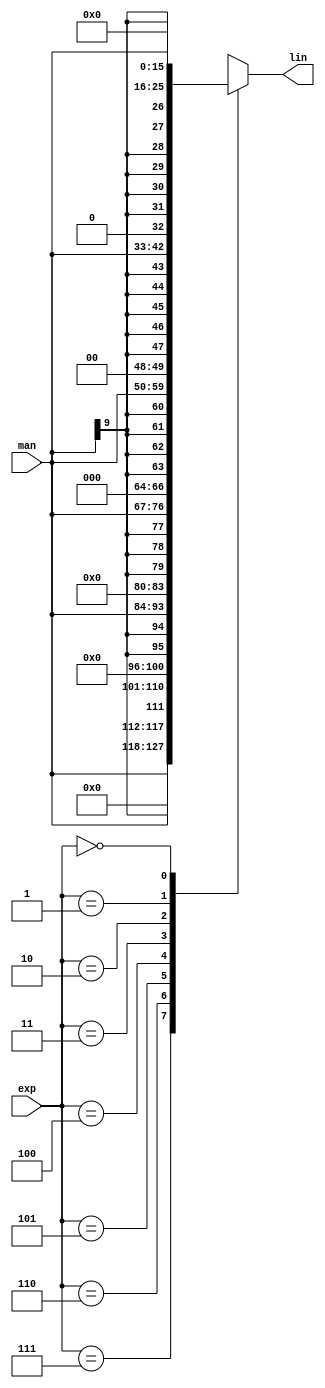
/*  This file is part of JT51.

    JT51 is free software: you can redistribute it and/or modify
    it under the terms of the GNU General Public License as published by
    the Free Software Foundation, either version 3 of the License, or
    (at your option) any later version.

    JT51 is distributed in the hope that it will be useful,
    but WITHOUT ANY WARRANTY; without even the implied warranty of
    MERCHANTABILITY or FITNESS FOR A PARTICULAR PURPOSE.  See the
    GNU General Public License for more details.

    You should have received a copy of the GNU General Public License
    along with JT51.  If not, see <http://www.gnu.org/licenses/>.
	
	Author: Jose Tejada Gomez. Twitter: @topapate
	Version: 1.0
	Date: 27-10-2016
	*/


module jt51_exp2lin(
  output	reg signed 	[15:0] 	lin,
  input 		signed	[9:0] 	man,
  input			[2:0] 	exp
);

always @(*) begin
	case( exp )
		3'd7: lin = { man, 6'b0 };
		3'd6: lin = { {1{man[9]}}, man, 5'b0 };
		3'd5: lin = { {2{man[9]}}, man, 4'b0 };
		3'd4: lin = { {3{man[9]}}, man, 3'b0 };
		3'd3: lin = { {4{man[9]}}, man, 2'b0 };
		3'd2: lin = { {5{man[9]}}, man, 1'b0 };
		3'd1: lin = { {6{man[9]}}, man };
		3'd0: lin = 16'd0;		
	endcase	
end

endmodule